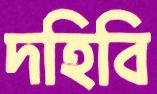
দহিবি